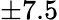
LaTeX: \pm 7.5